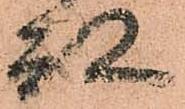
殿